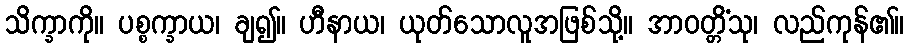
သိက္ခာကို။ ပစ္စက္ခာယ၊ ချ၍။ ဟီနာယ၊ ယုတ်သောလူအဖြစ်သို့။ အာဝတ္တိံသု၊ လည်ကုန်၏။